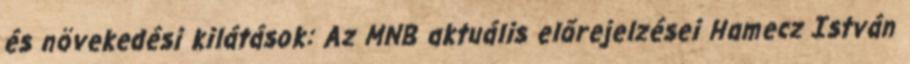
és növekedési kilátások: Az MNB aktuális előrejelzései Hamecz István